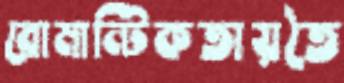
রোমান্টিকতায়তৈ